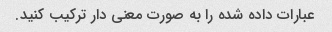
عبارات داده شده را به صورت معنی دار ترکیب کنید.